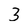
Character: 3